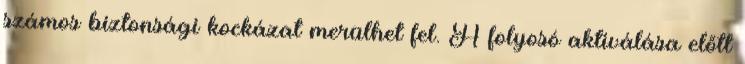
számos biztonsági kockázat merülhet fel. A folyosó aktiválása előtt